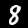
Digit: 8